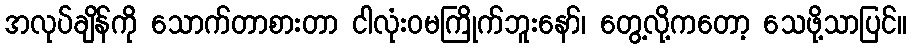
အလုပ်ချိန်ကို သောက်တာစားတာ ငါလုံးဝမကြိုက်ဘူးနော်၊ တွေ့လို့ကတော့ သေဖို့သာပြင်။